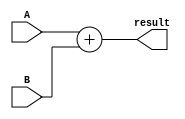
module Adder(
  input [7:0] A,
  input [7:0] B,
  output reg [8:0] result
);

always @* begin
  result = A + B;
end

endmodule